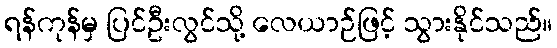
ရန်ကုန်မှ ပြင်ဦးလွင်သို့ လေယာဉ်ဖြင့် သွားနိုင်သည်။